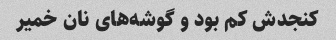
کنجدش کم بود و گوشه‌های نان خمیر